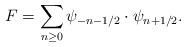
LaTeX: \begin{align*}F = \sum_{n \geq 0} \psi_{-n-1/2} \cdot \psi_{n+1/2}.\end{align*}